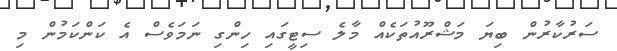
ސަރުކާރުން ބިޔަ މަޝްރޫއުތަކެއް މާލެ ސިޓީގައި ހިންގި ނަމަވެސް އެ ކަންކަމުން މި